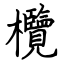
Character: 欖